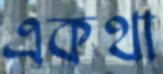
একথা